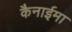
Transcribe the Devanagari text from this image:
कैनाईमा